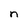
Character: n